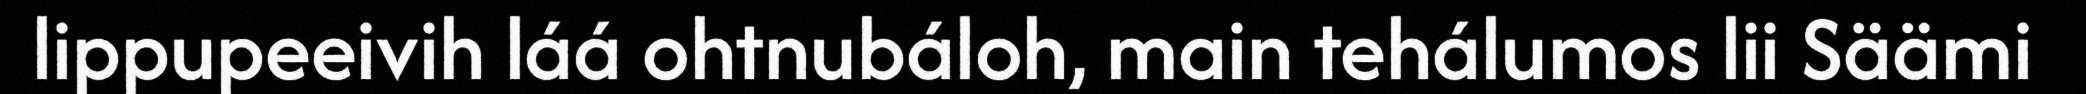
lippupeeivih láá ohtnubáloh, main tehálumos lii Säämi